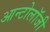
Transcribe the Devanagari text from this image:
आन्टोलॉजी